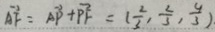
\overrightarrow { A F } = \overrightarrow { A P } + \overrightarrow { P F } = ( \frac { 2 } { 3 } , \frac { 2 } { 3 } , \frac { 4 } { 3 } ) \cdot